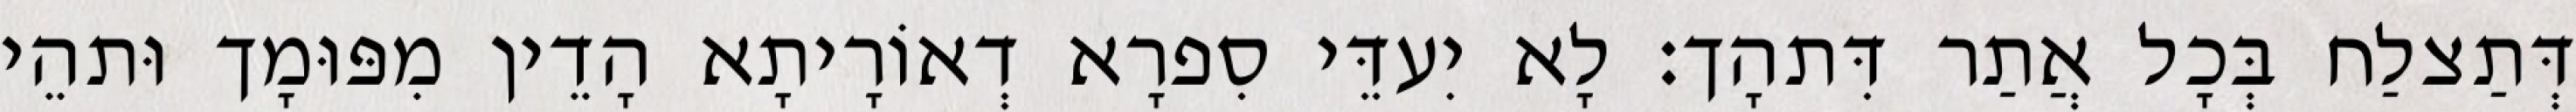
דְּתַצלַח בְּכָל אֲתַר דִּתהָך׃ לָא יִעדֵּי סִפרָא דְאוֹרָיתָא הָדֵין מִפּוּמָך וּתהֵי